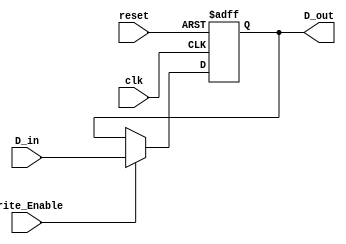
module ForwardingRegister (
    input wire [31:0] D_in,         // Input data (32 bits)
    input wire Write_Enable,         // Control signal to enable writing
    input wire clk,                  // Clock signal
    input wire reset,                // Reset signal
    output reg [31:0] D_out          // Output data (32 bits)
);

// Always block triggered on the clock's rising edge
always @(posedge clk or posedge reset) begin
    if (reset) begin
        D_out <= 32'b0;             // Clear output to zero on reset
    end else if (Write_Enable) begin
        D_out <= D_in;              // Store input data when Write_Enable is high
    end
    // If Write_Enable is low, retain the previous value (implicit)
end

endmodule